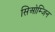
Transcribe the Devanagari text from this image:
सिओम्जिन